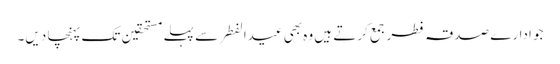
جو ادارے صدقہ فطر جمع کرتے ہیں وہ بھی عیدالفطر سے پہلے مستحقین تک پہنچا دیں۔